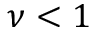
\nu < 1